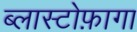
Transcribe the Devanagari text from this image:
ब्लास्टोफ़ागा